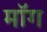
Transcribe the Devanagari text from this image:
माॅग